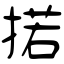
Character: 掿